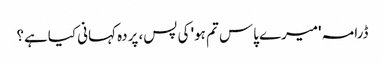
ڈرامہ 'میرے پاس تم ہو' کی پس، پردہ کہانی کیاہے؟